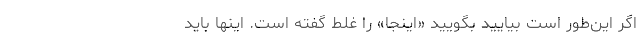
اگر این‌طور است بیایید بگویید «اینجا» را غلط گفته است. اینها باید